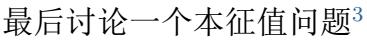
最后讨论一个本征值问题$^{3}$